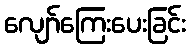
လျော်ကြေးပေးခြင်း